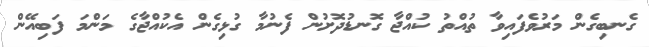
ގެނބިގެން މަރުވެފައިވާ ތުއްތު ކުއްޖާ ގޮނޑުދޮށުން ފެނުމާ ގުޅިގެން އެކުއްޖާގެ މަންމަ ފަބިއޭން